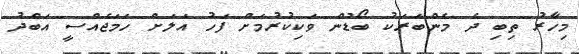
މިހާރު ތިބި ދެ މެންބަރަކު ބޯޑުން ވަކިކުރުމަށް ފަހު އަލަށް ހަމަޖެއްސީ އަބްދު